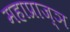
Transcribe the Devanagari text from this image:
महाप्राज्ञ